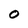
Character: 0